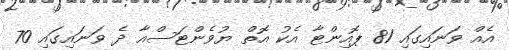
އެއް ވަނައިގައި 81 ޕޮއިންޓާ އެކު އޮތް ޔުވެންޓަސްއާ ދެ ވަނައިގައި 70